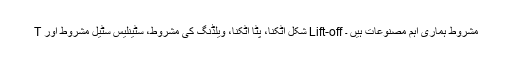
T شکل اٹکنا، پٹا اٹکنا، ویلڈنگ کی مشروط، سٹینلیس سٹیل مشروط اور Lift-off مشروط ہماری اہم مصنوعات ہیں ۔